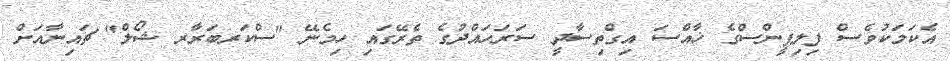
އެކަމަކުވެސް ފިލިޕީންސްގެ ޚާއްސަ އިގްތިސާދީ ސަރަހައްދުގެ ތެރޭގައި ހިމެނޭ "ސްކަރބަރާރ ޝޯލް" ޗައިނާއަށް